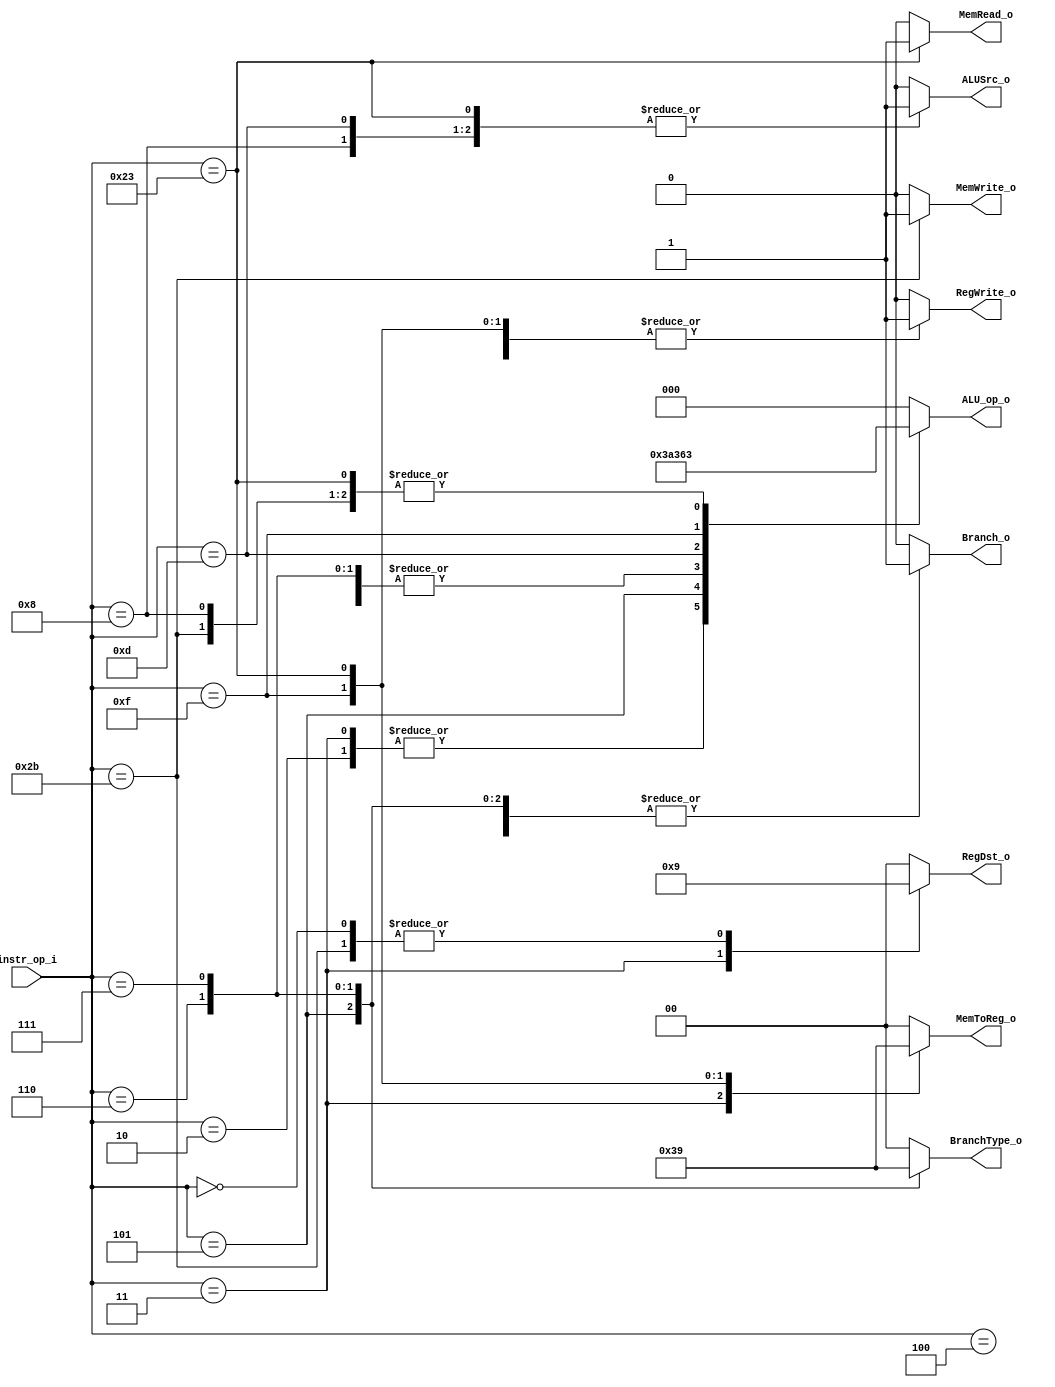
//Subject:     CO project 2 - Decoder
//--------------------------------------------------------------------------------
//Version:     1
//--------------------------------------------------------------------------------
//Writer:0416315, 0416005/----------------------------------------------
//Date:
//----------------------------------------------
//Description:
//--------------------------------------------------------------------------------

module Decoder(
    instr_op_i,
	Branch_o,
	MemToReg_o,
	BranchType_o,
	//Jump_o,
	MemRead_o,
	MemWrite_o,
	ALU_op_o,
	ALUSrc_o,
	RegWrite_o,
	RegDst_o
	);

//I/O ports
input  [6-1:0] instr_op_i;

output  Branch_o;
output [2-1:0] MemToReg_o;
output [2-1:0] BranchType_o;
//output  Jump_o;     //Need to know certain bits
output  MemRead_o;
output  MemWrite_o;
output [3-1:0] ALU_op_o;
output  ALUSrc_o;
output  RegWrite_o;
output [2-1:0] RegDst_o;
//Internal Signals
reg  Branch_o;
reg [2-1:0] MemToReg_o;
reg [2-1:0] BranchType_o;
reg  Jump_o;
reg  MemRead_o;
reg  MemWrite_o;
reg [3-1:0] ALU_op_o;
reg  ALUSrc_o;
reg  RegWrite_o;
//reg  RegDst_o;
reg [2-1:0] RegDst_o;
//Parameter
/*ALU_op_o signal corresponding to What kind of operation
---------------------------------
ALU_op_o,set of operation      -
   000  ,   R-type             -
   001  ,   BEQ,BLT,BLE        -
   010  ,   BNE,BNEZ           -
   011  ,   Addi,lw,sw         -
   100  ,   LUI                -
   101  ,   ORI                -
   110  ,   LI                 -//Need confirmation
   111  ,   Don't care use     -
---------------------------------
*/
//Main function
always @ ( * ) begin
	case (instr_op_i)
		6'd0://R-type
			begin
				Branch_o = 1'b0;
				MemToReg_o = 2'b00;
				BranchType_o = 2'b00;
				Jump_o = 1'b0;
				MemRead_o = 1'b0;
				MemWrite_o = 1'b0;
				ALU_op_o = 3'b000;
				ALUSrc_o = 1'b0;
				RegWrite_o = 1'b1;
				RegDst_o = 2'b01;
			end
		6'd2://For Jump
			begin
				Branch_o = 1'b0;     //Don't care
				MemToReg_o = 2'b00;  //Don't care
				BranchType_o = 2'b00;//Don't care
				Jump_o = 1'b1;
				MemRead_o = 1'b0;
				MemWrite_o = 1'b0;
				ALU_op_o = 3'b111;   //Don't care
				ALUSrc_o = 1'b0;     //Don't care
				RegWrite_o = 1'b0;
				RegDst_o = 2'b00;    //Don't care
			end
		6'd3://For JAL
			begin
				Branch_o = 1'b0;     //Don't care
				MemToReg_o = 2'b11;
				BranchType_o = 2'b00;//Don't care
				Jump_o = 1'b1;
				MemRead_o = 1'b0;
				MemWrite_o = 1'b0;
				ALU_op_o = 3'b111;   //Don't care
				ALUSrc_o = 1'b0;     //Don't care
				RegWrite_o = 1'b1;
				RegDst_o = 2'b10;      //Don't care
			end
		6'd4://Branch Equal
			begin
				Branch_o = 1'b1;
				MemToReg_o = 2'b00;  //Don't care
				BranchType_o = 2'b00;
				Jump_o = 1'b0;
				MemRead_o = 1'b0;
				MemWrite_o = 1'b0;
				ALU_op_o = 3'b001;
				ALUSrc_o = 1'b0;
				RegWrite_o = 1'b0;
				RegDst_o = 2'b00;   //Don't care
			end
		6'd5://Brach not Equal, BNEZ(Need more check)
			begin
				Branch_o = 1'b1;
				MemToReg_o = 2'b00;  //Don't care
				BranchType_o = 2'b11;
				Jump_o = 1'b0;
				MemRead_o = 1'b0;
				MemWrite_o = 1'b0;
				ALU_op_o = 3'b010;
				ALUSrc_o = 1'b0;
				RegWrite_o = 1'b0;
				RegDst_o = 2'b00;     //Don't care
			end
		6'd6://For BLT
			begin
				Branch_o = 1'b1;
				MemToReg_o = 2'b00;  //Don't care
				BranchType_o = 2'b10;
				Jump_o = 1'b0;
				MemRead_o = 1'b0;
				MemWrite_o = 1'b0;
				ALU_op_o = 3'b001;
				ALUSrc_o = 1'b0;
				RegWrite_o = 1'b0;
				RegDst_o = 2'b00;   //Don't care
			end
		6'd7://For BLE
			begin
				Branch_o = 1'b1;
				MemToReg_o = 2'b00;  //Don't care
				BranchType_o = 2'b01;
				Jump_o = 1'b0;
				MemRead_o = 1'b0;
				MemWrite_o = 1'b0;
				ALU_op_o = 3'b001;
				ALUSrc_o = 1'b0;
				RegWrite_o = 1'b0;
				RegDst_o = 2'b00;//Don't care
			end
		6'd8://Addi
			begin
				Branch_o = 1'b0;
				MemToReg_o = 2'b00;
				BranchType_o = 2'b00;
				Jump_o = 1'b0;
				MemRead_o = 1'b0;
				MemWrite_o = 1'b0;
				ALU_op_o = 3'b011;
				ALUSrc_o = 1'b1;
				RegWrite_o = 1'b1;
				RegDst_o = 2'b00;
			end
		6'd13://For ORI
			begin
				Branch_o = 1'b0;
				MemToReg_o = 2'b00;
				BranchType_o = 2'b00;
				Jump_o = 1'b0;
				MemRead_o = 1'b0;
				MemWrite_o = 1'b0;
				ALU_op_o = 3'b101;
				ALUSrc_o = 1'b1;
				RegWrite_o = 1'b1;
				RegDst_o = 2'b00;
			end
		6'd15://For LUI
			begin
				Branch_o = 1'b0;
				MemToReg_o = 2'b10;
				BranchType_o = 2'b00;
				Jump_o = 1'b0;
				MemRead_o = 1'b0;
				MemWrite_o = 1'b0;
				//ALU_op_o = 3'b110; 
				ALU_op_o = 3'b100;
				ALUSrc_o = 1'b0;
				RegWrite_o = 1'b1;
				RegDst_o = 2'b00;
			end
		6'd35://For LW
			begin
				Branch_o = 1'b0;
				MemToReg_o = 2'b01;
				BranchType_o = 2'b00;//It's don't care
				Jump_o = 1'b0;
				MemRead_o = 1'b1;
				MemWrite_o = 1'b0;
				ALU_op_o = 3'b011;   //Same as addi
				ALUSrc_o = 1'b1;
				RegWrite_o = 1'b1;
				RegDst_o = 2'b00;
			end
		6'd43://For SW
			begin
				Branch_o = 1'b0;
				MemToReg_o = 2'b00;  //don't care
				BranchType_o = 2'b00;//don't care
				Jump_o = 1'b0;
				MemRead_o = 1'b0;
				MemWrite_o = 1'b1;
				ALU_op_o = 3'b011;   //Same as addi
				ALUSrc_o = 1'b1;
				RegWrite_o = 1'b0;
				//RegDst_o = 1'b1;     //don't care
				RegDst_o = 2'b01;
			end
		default:
			begin
				Branch_o = 1'b0;
				MemToReg_o = 2'b00;
				BranchType_o = 2'b00;
				Jump_o = 1'b0;
				MemRead_o = 1'b0;
				MemWrite_o = 1'b0;
				ALU_op_o = 3'b000;
				ALUSrc_o = 1'b0;
				RegWrite_o = 1'b0;
				//RegDst_o = 1'b0;
				RegDst_o = 2'b00;
			end
	endcase
end
endmodule